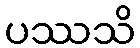
ပဿသိ